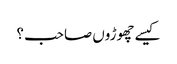
کیسے چھوڑوں صاحب ؟